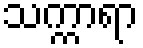
သက္ကာရာ